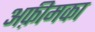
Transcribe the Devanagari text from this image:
अफ़ीमका